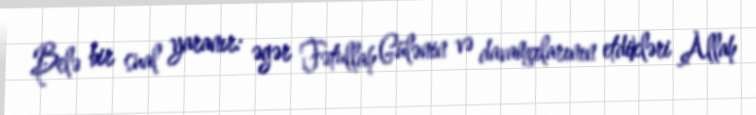
Belə bir sual yaranır: əgər Fətullah Gülənin və davamçılarının etdikləri Allah